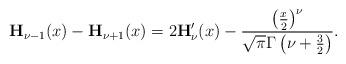
LaTeX: \begin{align*}\mathbf{H}_{\nu-1}(x)-\mathbf{H}_{\nu+1}(x)=2\mathbf{H}_{\nu}'(x)-\frac{\left(\frac{x}{2}\right)^{\nu}}{\sqrt{\pi}\Gamma\left(\nu+\frac{3}{2}\right)}.\end{align*}